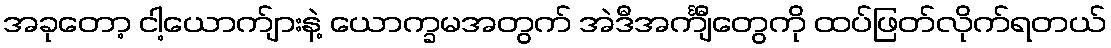
အခုတော့ ငါ့ယောက်ျားနဲ့ ယောက္ခမအတွက် အဲဒီအင်္ကျီတွေကို ထပ်ဖြတ်လိုက်ရတယ်